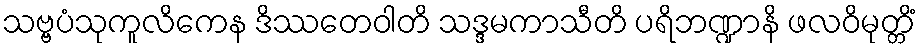
သဗ္ဗပံသုကူလိကေန ဒိဿတေဝါတိ သဒ္ဒမကာသီတိ ပရိဘဏ္ဍာနိ ဖလဝိမုတ္တိံ